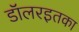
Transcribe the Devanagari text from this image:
डॉलरइतका